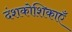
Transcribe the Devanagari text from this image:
दंशकोशिकाएँ